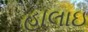
હાલાઇ